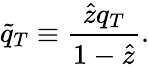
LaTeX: \tilde{q}_{T}\equiv\frac{\widehat{z}q_{T}}{1-\widehat{z}}.